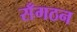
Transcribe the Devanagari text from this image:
सँगठन